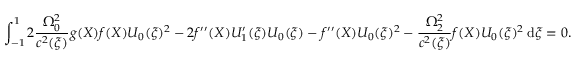
\int _ { - 1 } ^ { 1 } 2 \frac { \Omega _ { 0 } ^ { 2 } } { c ^ { 2 } ( \xi ) } g ( X ) f ( X ) U _ { 0 } ( \xi ) ^ { 2 } - 2 f ^ { \prime \prime } ( X ) U _ { 1 } ^ { \prime } ( \xi ) U _ { 0 } ( \xi ) - f ^ { \prime \prime } ( X ) U _ { 0 } ( \xi ) ^ { 2 } - \frac { \Omega _ { 2 } ^ { 2 } } { c ^ { 2 } ( \xi ) } f ( X ) U _ { 0 } ( \xi ) ^ { 2 } \: \mathrm { d } \xi = 0 .